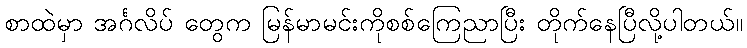
စာထဲမှာ အင်္ဂလိပ် တွေက မြန်မာမင်းကိုစစ်ကြေညာပြီး တိုက်နေပြီလို့ပါတယ်။